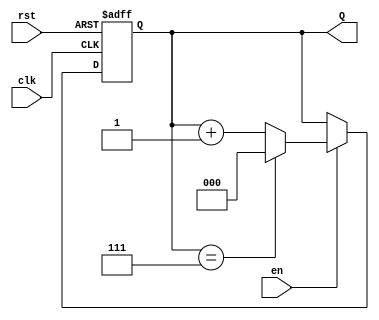
module up_counter_moore #(
    parameter N = 3  // Number of bits for the counter
)(
    input wire clk,   // Clock input
    input wire rst,   // Asynchronous reset
    input wire en,    // Enable signal
    output reg [N-1:0] Q  // Current count output
);

// State transition logic
always @(posedge clk or posedge rst) begin
    if (rst) begin
        Q <= 0;  // Reset state to 0
    end else if (en) begin
        if (Q == (1 << N) - 1) begin
            Q <= 0;  // Wrap around to 0
        end else begin
            Q <= Q + 1;  // Increment the counter
        end
    end
    // If enable is low, retain the current state (no action needed)
end

endmodule